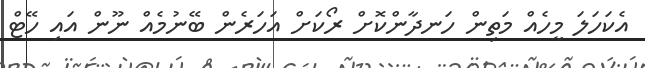
އެކަހަލަ މީހެއް މަތިން ހަނދާންކޮށް ރޯކަށް އަހަރެން ބޭނުމެއް ނޫން އައި ހޭޓް